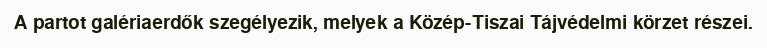
A partot galériaerdők szegélyezik, melyek a Közép-Tiszai Tájvédelmi körzet részei.